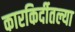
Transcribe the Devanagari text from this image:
कारकिर्दीतल्या